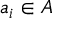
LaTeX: a _ { i } \in A